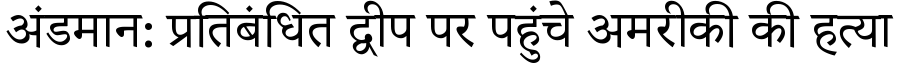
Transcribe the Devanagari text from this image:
अंडमान: प्रतिबंधित द्वीप पर पहुंचे अमरीकी की हत्या